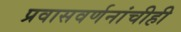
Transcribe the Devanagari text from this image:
प्रवासवर्णनांचीही